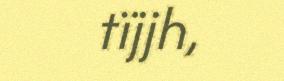
tïjjh,